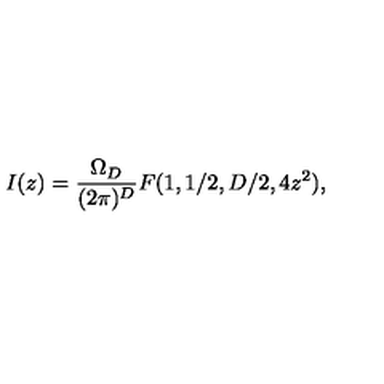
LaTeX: I ( z ) = { \frac { \Omega _ { D } } { ( 2 \pi ) ^ { D } } } F ( 1 , 1 / 2 , D / 2 , 4 z ^ { 2 } ) ,